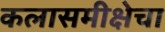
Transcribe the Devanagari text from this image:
कलासमीक्षेचा